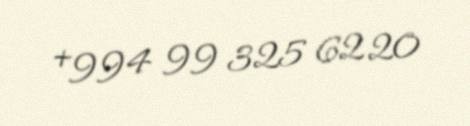
+994 99 325 62 20